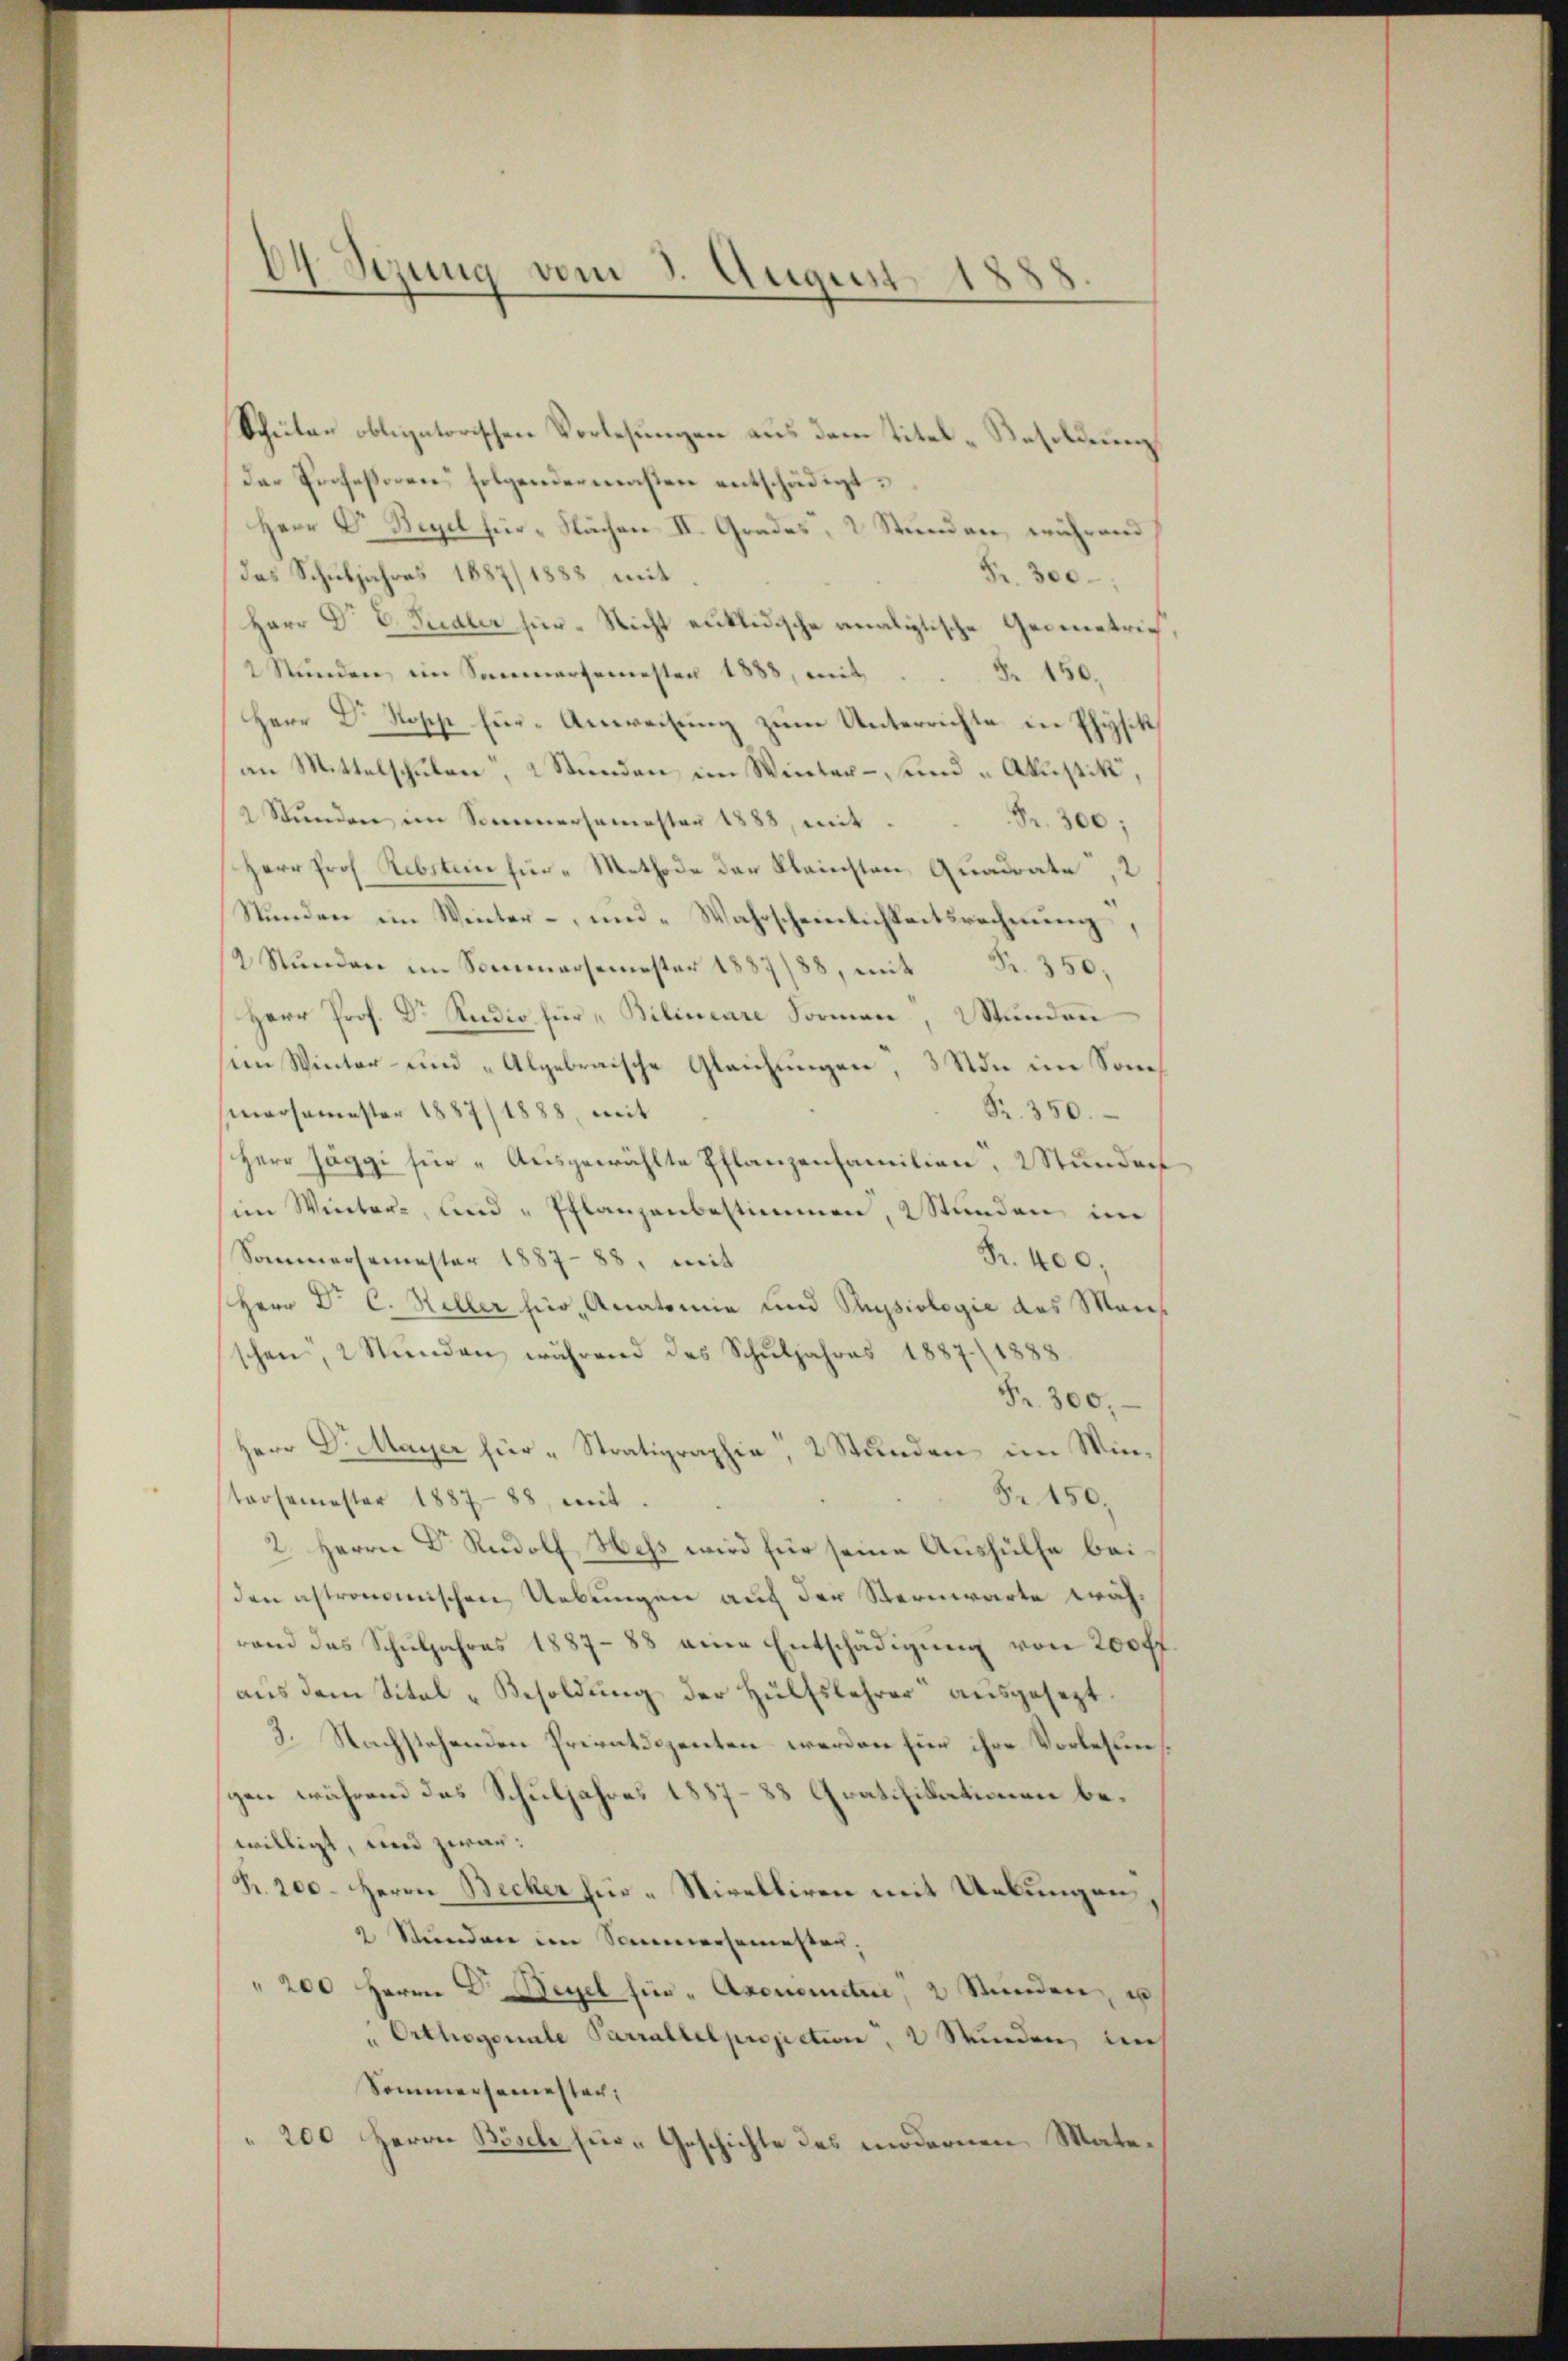
—
64 Sezung vom 3. August 1888

Schüler obligatorischen Vorlesungen aus dem Titel-Besoldung
Das Professoren folgendermaßen entschädigt.
Herr Dr. Begel für Flächen II. Grades, 2 Stunden, während
das Schuljahres 1887/1888 mit
Fr. 300
Herr Dr E. Sudler für Nicht enklidische analistische Gegenetrie¬
2 Stŭnden ein Sammersemester 1883, mit . . Fr. 150.
Herr Dr. Kopp Eur-Anweisung zum Unterrichte in Physik,
an Mittelschulen, 2 Stunden im Winter- und „Akustik,
2 Stŭnden im Sommersamester 1888, mit
Fr. 300:
Herr Prof. Rebstein für Methode der Kleinsten Quadrate,2
Stunden im Winter- und Wahrscheinlichkeitsrechnung,
/2 Stŭndeer im Sommersemester 1887/88, mit Fr. 350,
Herr Prof. Dr Rudio für „Bilineare Formen, Stunden
im Winter- und „Algebraische Gleichungen, 3 Von im Sone¬
Fr. 350.
marsemester 1887/1888, mit
Herr Jäggi für Ausgewählte Pflanzenfamilien, 2 Stunden
im Winter- und Pflanzenbestimmen, 2 Stŭnden im
Sommersemester 1887-88, mit
Fr. 400.
Herr Dr. C. Heller hier Anatomie und Physiologie des Maies
schen, 2 Stunden, während des Schuljahres 1887 (1888
Fr. 300.
Herr Dr. Mayer für Stratigraphie, 2 Stunden im Win¬
S. 150.
tarsemester 1887-88, mit
2. Herrn Dr. Rudolf Hess wird für seine Aushülfe beiden astronomischen Uebungen auf der Sternwarte währand das Schŭljahres 1887-88 eine Entschädigung von 200 ff.
aus dem Titel - Besoldung der Hülfslehrer ausgesezt
3. Nachstehenden Privatdozenten werden für ihre Vorlesen
gen während das Schuljahres 1887-88 Gratifikationen bewilligt, und zwar:
Fr. 200. Herrn Becker für „Nivelliren mit Uebungen
2 Stunden im Sommersemesten,
" 200 Herrn D. Regel für "Aconometer, 2 Stŭnden, u
"Orthogonale Parrallelprojection, 2 Stunden in
Sommersemester,
200 Herrn Bösche für „Geschichte des modernen Mate¬